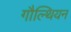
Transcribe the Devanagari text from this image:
गौल्थियन